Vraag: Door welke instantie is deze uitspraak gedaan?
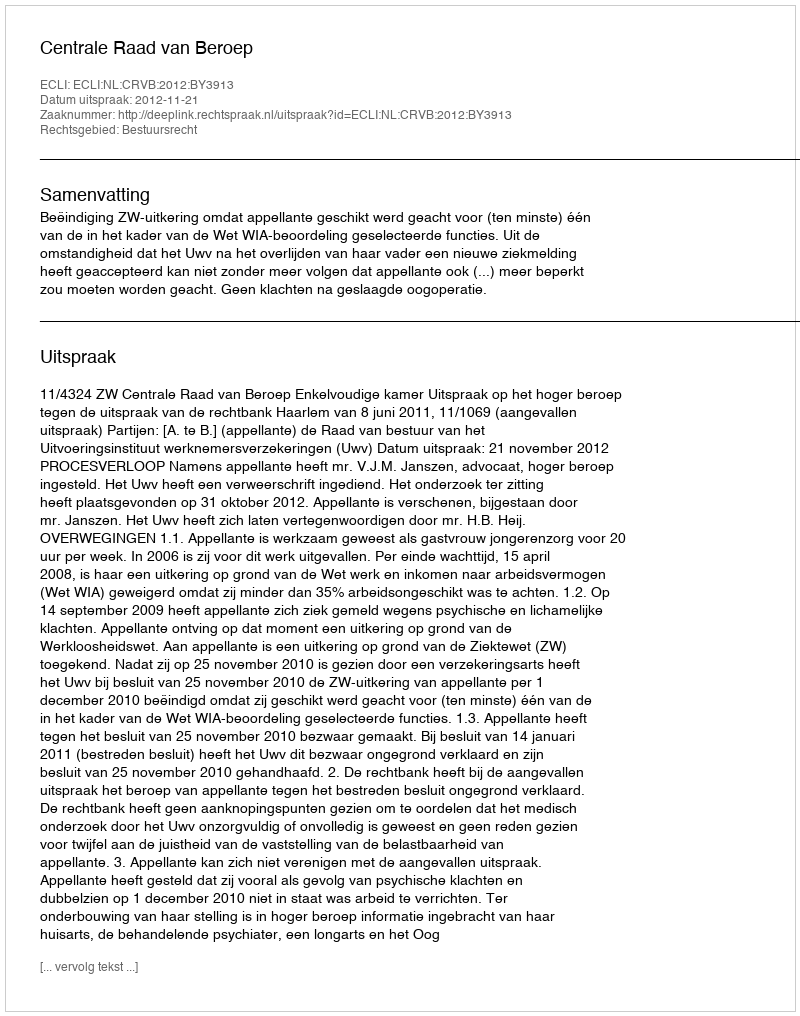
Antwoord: Centrale Raad van Beroep